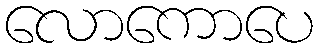
လောကောပေ